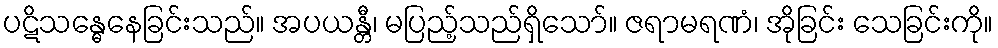
ပဋိသန္ဓေနေခြင်းသည်။ အပယန္တီ၊ မပြည့်သည်ရှိသော်။ ဇရာမရဏံ၊ အိုခြင်း သေခြင်းကို။